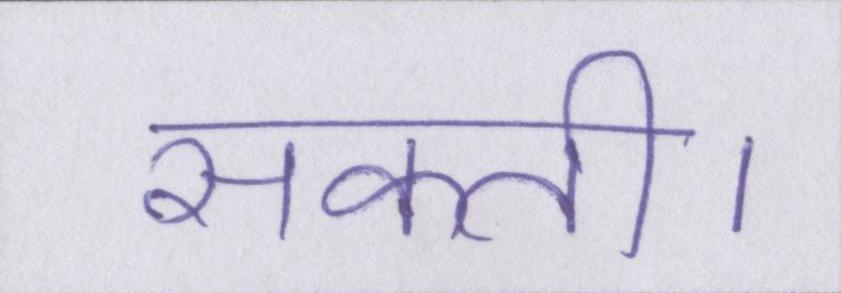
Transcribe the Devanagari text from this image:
सकती।